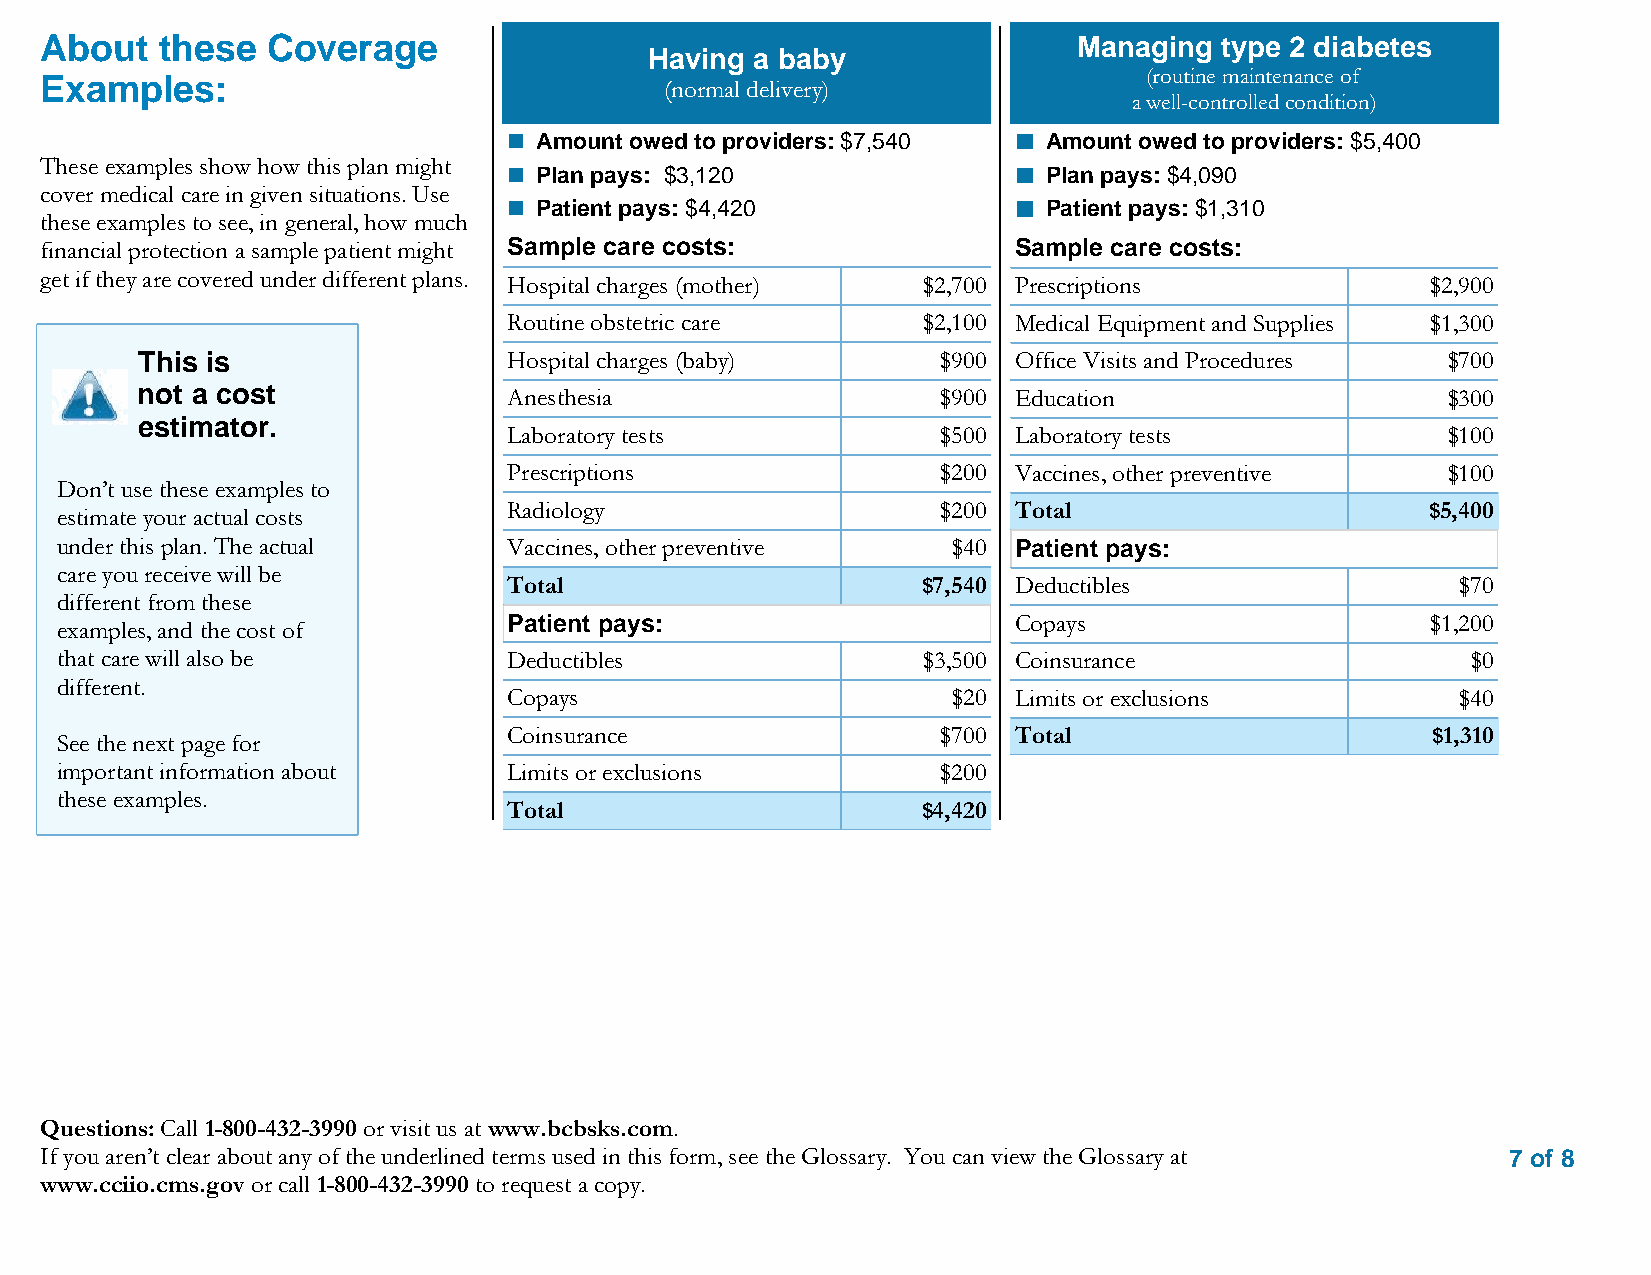
About   these  Coverage                                             Managing  type 2 diabetes
 Having a baby
 Examples:                                (normal delivery)               (routine maintenance of
 a well-controlled condition)
 Amount owed to providers: $7,540  Amount owed to providers: $5,400
 These examples show how this plan might
 Plan pays: $3,120                 Plan pays: $4,090
 cover medical care in given situations. Use
 Patient pays: $4,420              Patient pays: $1,310
 these examples to see, in general, how much
 financial protection a sample patient might Sample care costs:  Sample care costs:
 get if they are covered under different plans.
 Hospital charges (mother)  $2,700 Prescriptions              $2,900
 Routine obstetric care     $2,100 Medical Equipment and Supplies $1,300
 This is                  Hospital charges (baby)     $900 Office Visits and Procedures $700
 not a cost               Anesthesia                  $900 Education                    $300
 estimator.
 Laboratory tests            $500 Laboratory tests             $100
 Prescriptions               $200 Vaccines, other preventive   $100
 Don’t use these examples to
 Radiology                   $200 Total                       $5,400
 estimate your actual costs
 under this plan. The actual   Vaccines, other preventive   $40 Patient pays:
 care you receive will be
 Total                      $7,540 Deductibles                  $70
 different from these
 Patient pays:                    Copays                      $1,200
 examples, and the cost of
 that care will also be        Deductibles                $3,500 Coinsurance                  $0
 different.
 Copays                       $20 Limits or exclusions          $40
 Coinsurance                 $700 Total                       $1,310
 See the next page for
 important information about   Limits or exclusions        $200
 these examples.
 Total                      $4,420
 Questions: Call 1-800-432-3990 or visit us at www.bcbsks.com.
 If you aren’t clear about any of the underlined terms used in this form, see the Glossary. You can view the Glossary at 7 of 8
 www.cciio.cms.gov or call 1-800-432-3990 to request a copy.